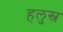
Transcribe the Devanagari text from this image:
हलुस्र